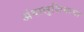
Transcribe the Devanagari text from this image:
अंदालुशियाचा